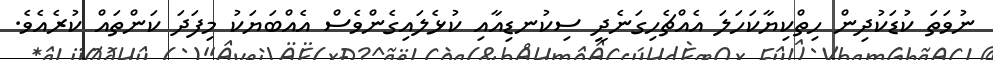
ނުވަތަ ކުޑަކުދިން ހިތްކިޔާކަހަލަ އެއްޗެހިގަނެދީ ސިކުނޑިއާއި ކުޅެލައިގެންވެސް އެއްބަޔަކު މިފަދަ ކަންތައް ކުރެއެވެ.